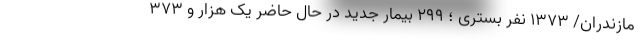
مازندران/ ۱۳۷۳ نفر بستری ؛ ۲۹۹ بیمار جدید در حال حاضر یک هزار و ۳۷۳